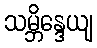
သမ္ဘိန္ဒေယျ